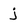
Character: j